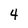
Character: 4